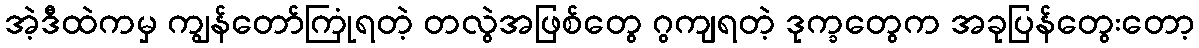
အဲ့ဒီထဲကမှ ကျွန်တော်ကြုံရတဲ့ တလွဲအဖြစ်တွေ ဂွကျရတဲ့ ဒုက္ခတွေက အခုပြန်တွေးတော့